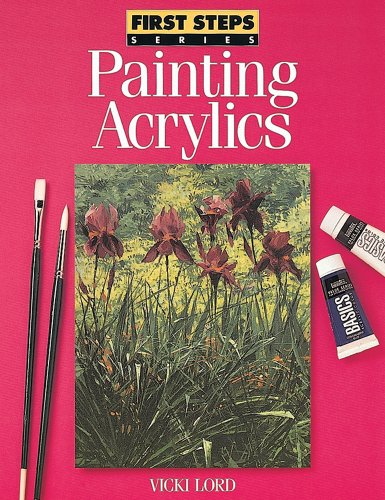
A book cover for Painting Acrylics (First Steps); Vicki Lord; Arts & Photography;